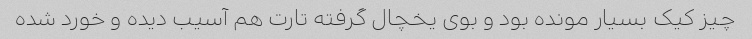
چیز کیک بسیار مونده بود و بوی یخچال گرفته تارت هم آسیب دیده و خورد شده